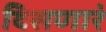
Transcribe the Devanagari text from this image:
दिसणारं